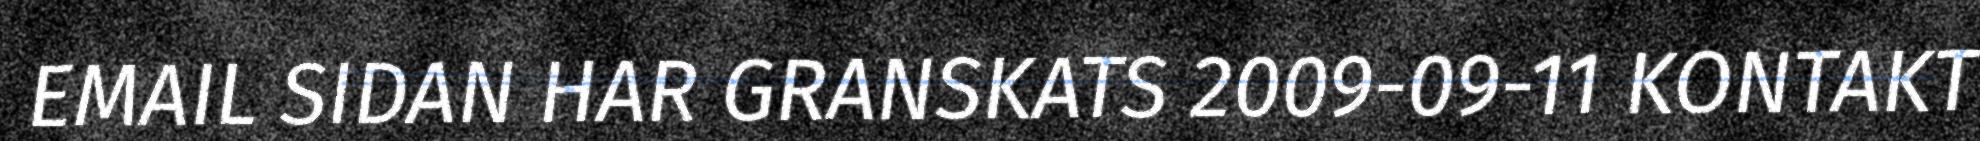
EMAIL SIDAN HAR GRANSKATS 2009-09-11 KONTAKT